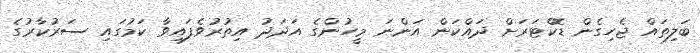
ބަލިތައް ޖެހިގެން ޑޮކްޓަރަށް ދައްކަން އަންނަ މީހުންގެ އަދަދު އިތުރުވެފައިވާ ކަމުގައި ސަރުކާރުގެ